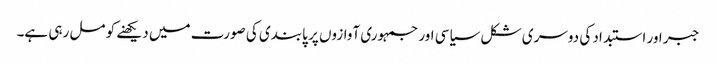
جبر اور استبداد کی دوسری شکل سیاسی اور جمہوری آوازوں پر پابندی کی صورت میں دیکھنے کو مل رہی ہے۔